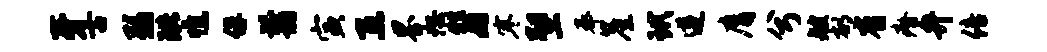
牙古弱珙憔俘翦寅互界恕牲姬寒塑奉崖玳遵膺兮艘郁省瘠弁倍